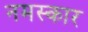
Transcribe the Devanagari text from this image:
नमस्कार